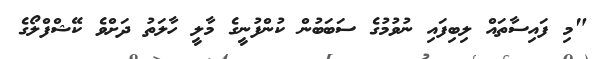
"މި ފައިސާތައް ލިބިފައި ނުވުމުގެ ސަބަބުން ކުންފުނީގެ މާލީ ހާލަތު ދަށްވެ ކޭޝްފްލޯގެ